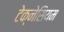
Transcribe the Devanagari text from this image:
टेक्नेसियम